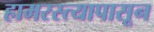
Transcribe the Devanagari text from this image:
हामरस्त्यापासून